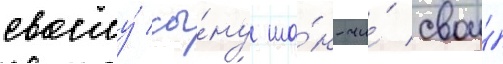
своему́ сы́ну ша́н-чи́ свои́